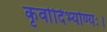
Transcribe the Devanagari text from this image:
कृर्वादिभ्योण्यः।